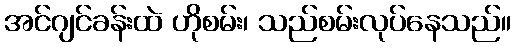
အင်ဂျင်ခန်းထဲ ဟိုစမ်း၊ သည်စမ်းလုပ်နေသည်။